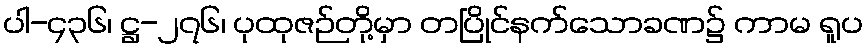
ပါ-၄၃၆၊ ဋ္ဌ-၂၇၆၊ ပုထုဇဉ်တို့မှာ တပြိုင်နက်သောခဏ၌ ကာမ ရူပ